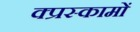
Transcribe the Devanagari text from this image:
क्प्रस्कामों